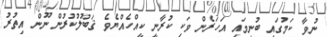
ނުވާ ކަމުގައި ބުނީމައި އަހަރެން ވަކި ކުރާނީ ކީއްހެއްޔެވެ ޤަބޫލުކުރުން ނޫން އިތުރު